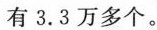
有3.3万多个。